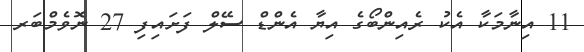
11 އިނާމަކާ އެކު ރެއިންބޯގެ އިޔާ އެންޑް ސޭލް ފަށައިފި 27 ނޮވެމްބަރ